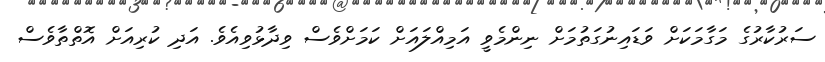
ސަރުކާރުގެ މަގާމަކަށް ވަޑައިނުގަތުމަށް ނިންމެވީ އަމިއްލައަށް ކަމަށްވެސް ވިދާޅުވިއެވެ. އަދި ކުރިއަށް އޮތްތާވެސް